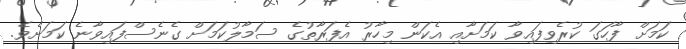
ކަމަށް ފާހަގަ ކުރެވިފައިވާ ކަމަށާއި އެކަން މިހާރު އެފަރާތުގެ ސަމާލުކަމަށް ގެނެސްފައިވާނެ ކަމަށެވެ.